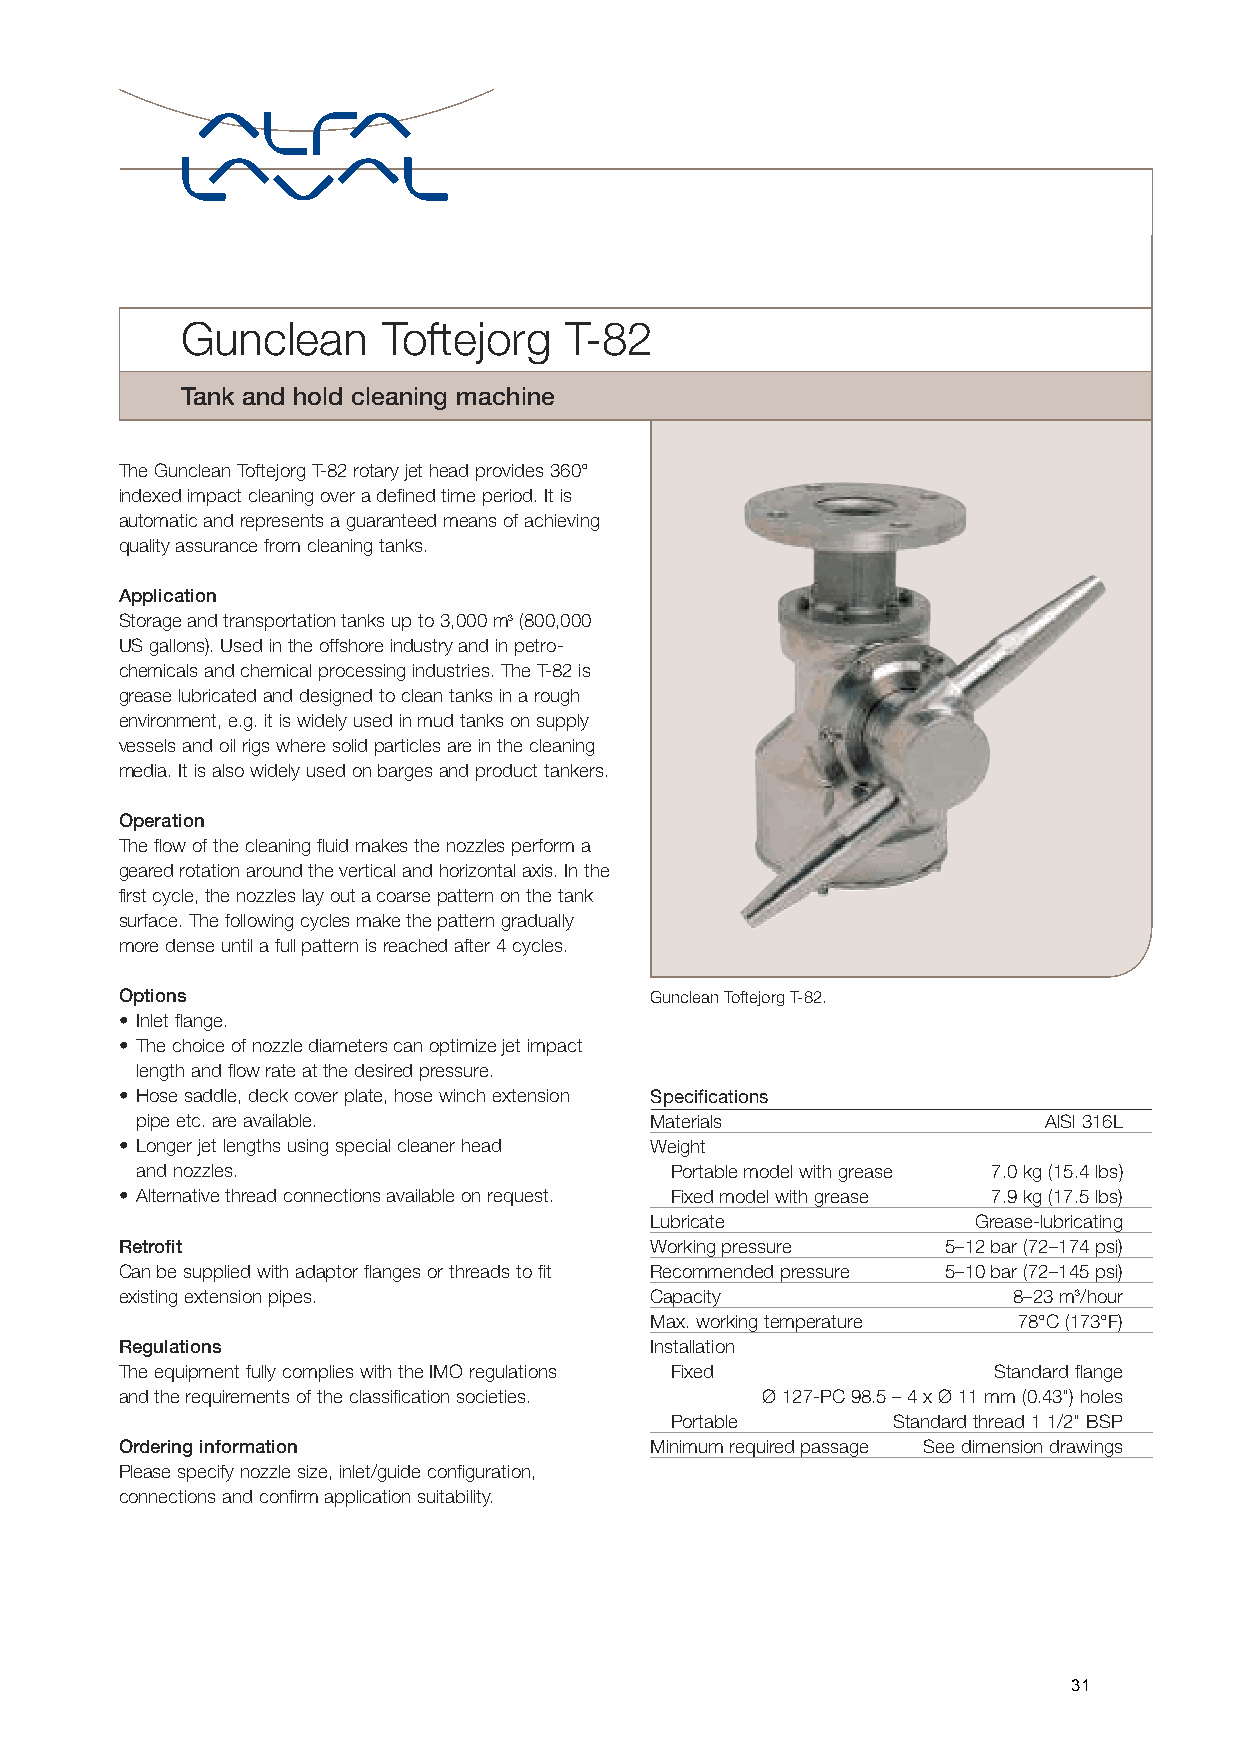
Gunclean     Toftejorg   T-82
 Tank and hold cleaning machine
 The Gunclean Toftejorg T-82 rotary jet head provides 360°
 indexed impact cleaning over a defined time period. It is
 automatic and represents a guaranteed means of achieving
 quality assurance from cleaning tanks.
 Application
 Storage and transportation tanks up to 3,000m3(800,000
 US gallons). Used in the offshore industry and in petro-
 chemicals and chemical processing industries. The T-82 is
 grease lubricated and designed to clean tanks in a rough
 environment, e.g. it is widely used in mud tanks on supply
 vessels and oil rigs where solid particles are in the cleaning
 media. It is also widely used on barges and product tankers.
 Operation
 The flow of the cleaning fluid makes the nozzles perform a
 geared rotation around the vertical and horizontal axis. In the
 first cycle, the nozzles lay out a coarse pattern on the tank
 surface. The following cycles make the pattern gradually
 more dense until a full pattern is reached after 4 cycles.
 Options                            Gunclean Toftejorg T-82.
 • Inlet flange.
 • The choice of nozzle diameters can optimize jet impact
 length and flow rate at the desired pressure.
 • Hose saddle, deck cover plate, hose winch extension Specifications
 pipe etc. are available.          Materials                 AlSl 316L
 • Longer jet lengths using special cleaner head Weight
 and nozzles.                       Portable model with grease 7.0 kg (15.4 lbs)
 • Alternative thread connections available on request. Fixed model with grease 7.9 kg (17.5 lbs)
 Lubricate             Grease-lubricating
 Retrofit                           Working pressure    5–12 bar (72–174 psi)
 Can be supplied with adaptor flanges or threads to fit Recommended pressure 5–10 bar (72–145 psi)
 existing extension pipes.          Capacity                8–23 m3/hour
 Max. working temperature 78°C (173°F)
 Regulations                        Installation
 The equipment fully complies with the IMO regulations Fixed Standard flange
 and the requirements of the classification societies. Ø 127-PC 98.5 – 4 x Ø 11 mm (0.43") holes
 Portable       Standard thread 1 1/2" BSP
 Ordering information               Minimum required passage See dimension drawings
 Please specify nozzle size, inlet/guide configuration,
 connections and confirm application suitability.
 31